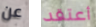
عن أعتقد